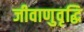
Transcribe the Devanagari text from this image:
जीवाणुवृद्धि